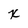
Character: x